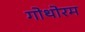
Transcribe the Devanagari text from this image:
गोथोरम